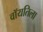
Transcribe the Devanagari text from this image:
वॉयतिला